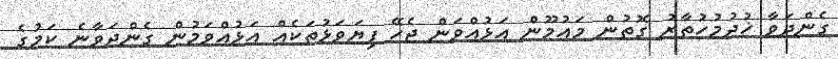
ގެންދަވާ ޚުދުމުހުތާރު ގޮތުން މައުމޫން އަޅުއްވަން ޖެހޭ ފިޔަވަޅުތަކެއް އަޅުއްވަމުން ގެންދަވާނެ ކަމުގެ